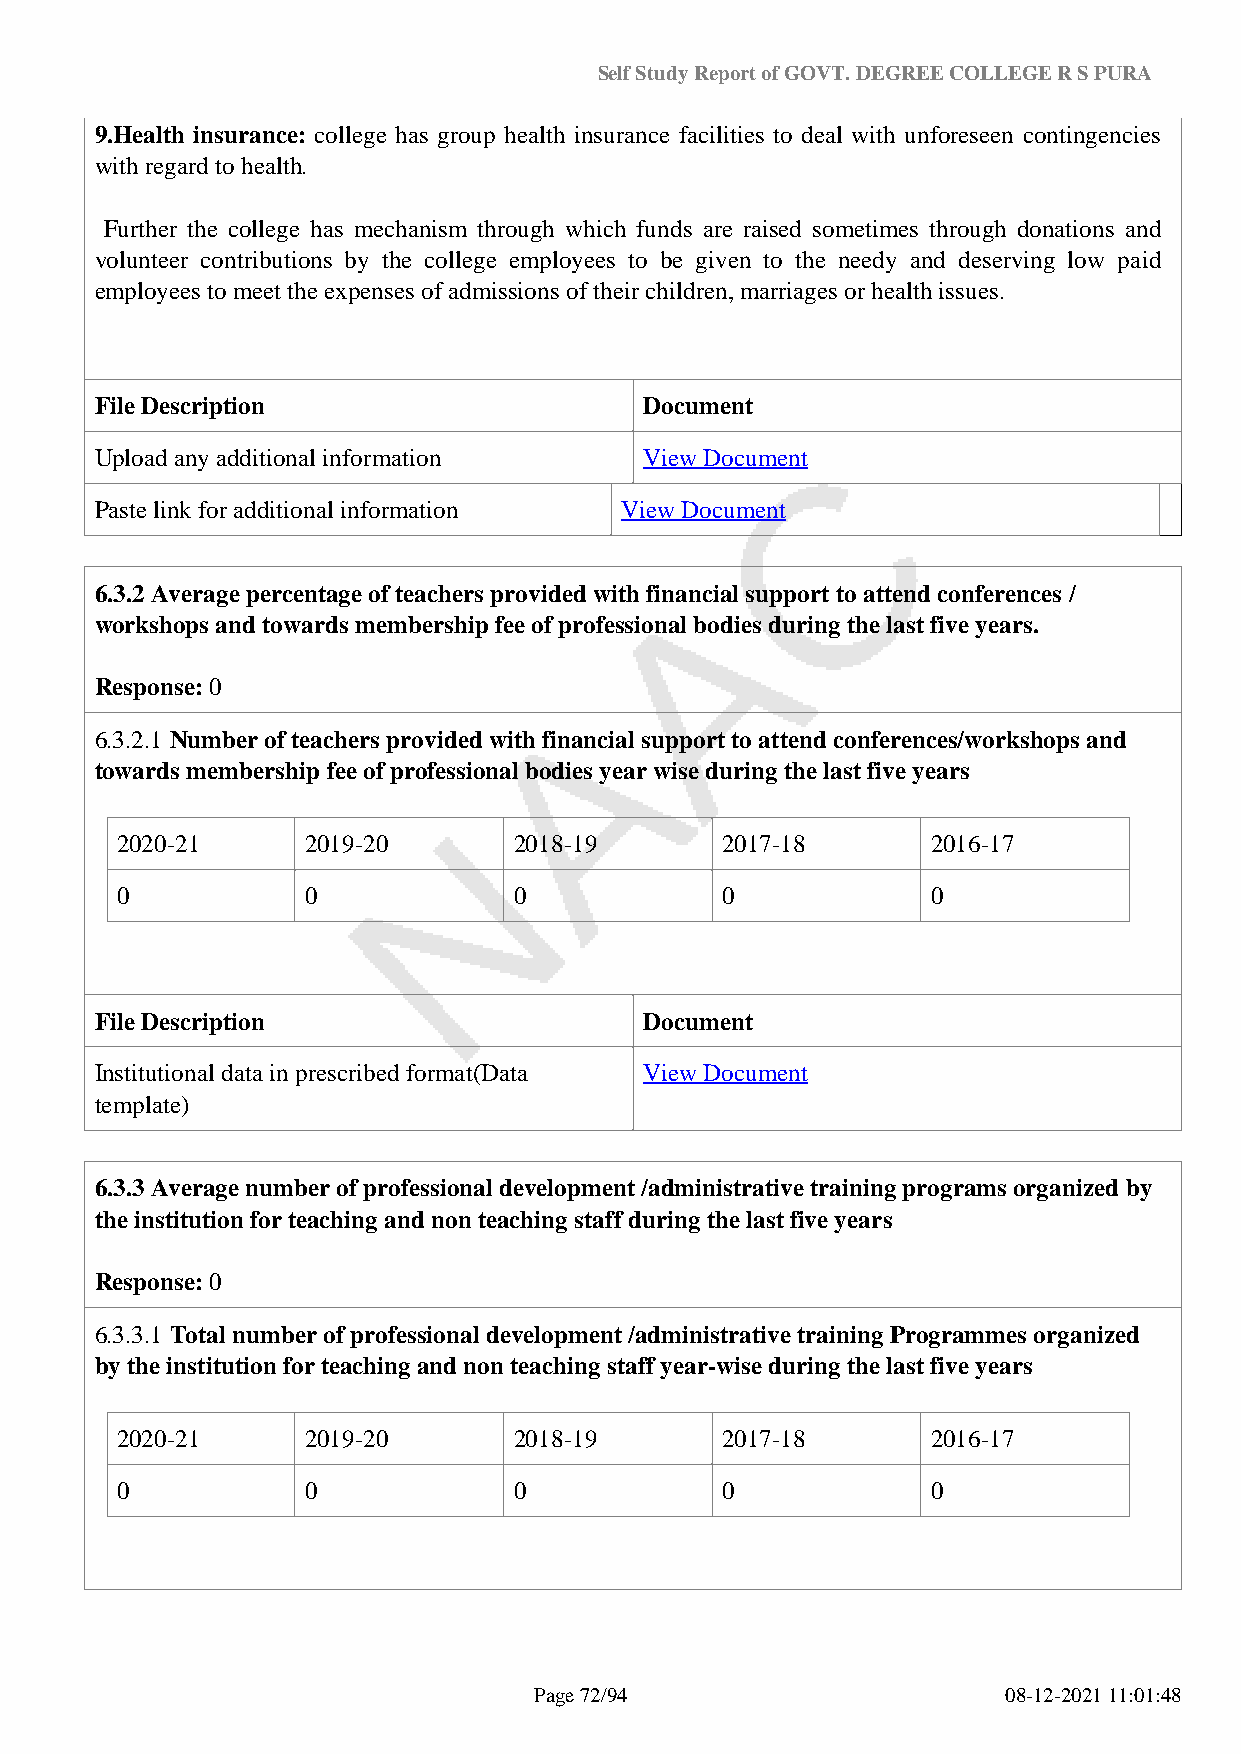
Self Study Report of GOVT. DEGREE COLLEGE R S PURA
 9.Health insurance: college has group health insurance facilities to deal with unforeseen contingencies
 with regard to health.
 Further the college has mechanism through which funds are raised sometimes through donations and
 volunteer contributions by the college employees to be given to the needy and deserving low paid
 employees to meet the expenses of admissions of their children, marriages or health issues.
 File Description                     Document
 Upload any additional information    View Document
 Paste link for additional information View Document
 6.3.2 Average percentage of teachers provided with financial support to attend conferences /
 workshops and towards membership fee of professional bodies during the last five years.
 Response: 0
 6.3.2.1 Number of teachers provided with financial support to attend conferences/workshops and
 towards membership fee of professional bodies year wise during the last five years
 2020-21     2019-20       2018-19       2017-18       2016-17
 0           0             0             0             0
 File Description                     Document
 Institutional data in prescribed format(Data View Document
 template)
 6.3.3 Average number of professional development /administrative training programs organized by
 the institution for teaching and non teaching staff during the last five years
 Response: 0
 6.3.3.1 Total number of professional development /administrative training Programmes organized
 by the institution for teaching and non teaching staff year-wise during the last five years
 2020-21     2019-20       2018-19       2017-18       2016-17
 0           0             0             0             0
 Page 72/94                      08-12-2021 11:01:48